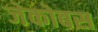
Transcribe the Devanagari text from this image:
जेकोबस